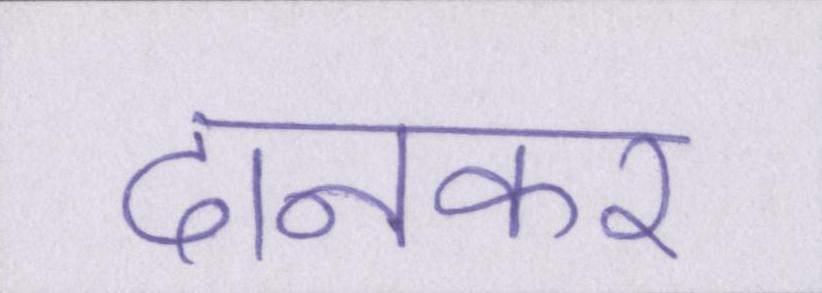
दानकर